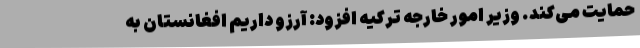
حمایت می‌کند. وزیر امور خارجه ترکیه افزود: آرزو داریم افغانستان به